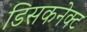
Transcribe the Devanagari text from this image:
डिसकनेक्ट